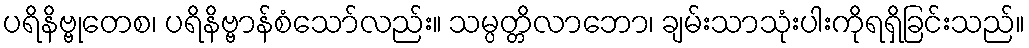
ပရိနိဗ္ဗုတေစ၊ ပရိနိဗ္ဗာန်စံသော်လည်း။ သမ္ပတ္တိလာဘော၊ ချမ်းသာသုံးပါးကိုရရှိခြင်းသည်။